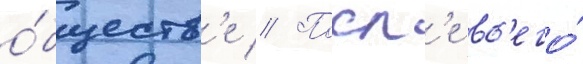
о́бществ'е // Посл'е вс'его́